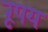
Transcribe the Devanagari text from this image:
रूपय